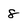
Character: 8